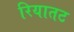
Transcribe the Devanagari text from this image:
रियातट